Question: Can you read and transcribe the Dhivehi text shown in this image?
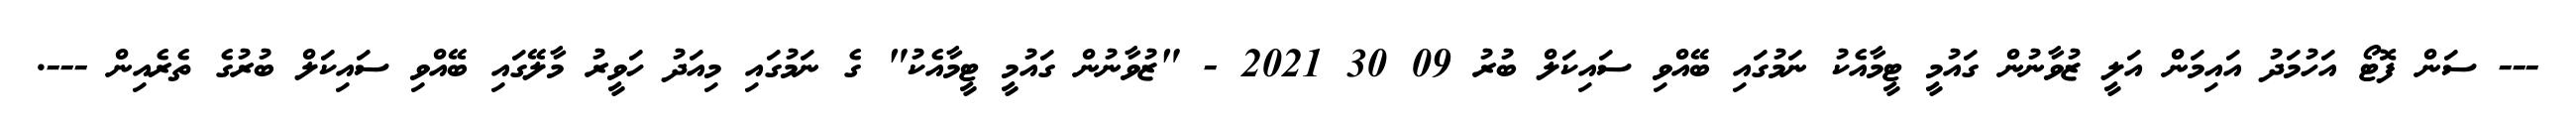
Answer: --- ސަން ފޮޓޯ އަހުމަދު އައިމަން އަލީ ޒުވާނުން ގައުމީ ޓީމާއެކު ނަމުގައި ބޭއްވި ސައިކަލް ބުރު 09 30 2021 - "ޒުވާނުން ގައުމީ ޓީމާއެކު" ގެ ނަމުގައި މިއަދު ހަވީރު މާލޭގައި ބޭއްވި ސައިކަލް ބުރުގެ ތެރެއިން ---.